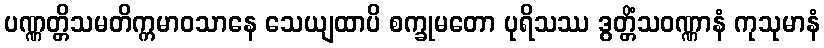
ပဏ္ဏတ္တိသမတိက္ကမာဝသာနေ သေယျထာပိ စက္ခုမတော ပုရိသဿ ဒွတ္တိံသဝဏ္ဏာနံ ကုသုမာနံ